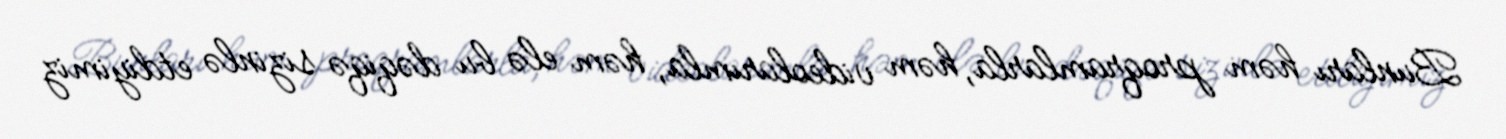
Bunları həm proqramlarla, həm videolarımla, həm elə bu dəqiqə sizinlə etdiyimiz